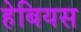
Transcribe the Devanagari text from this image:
हेबियस